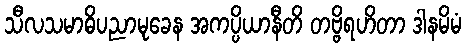
သီလသမာဓိပညာမုခေန အကပ္ပိယာနီတိ တဗ္ဗိရဟိတာ ဒါနမိမံ